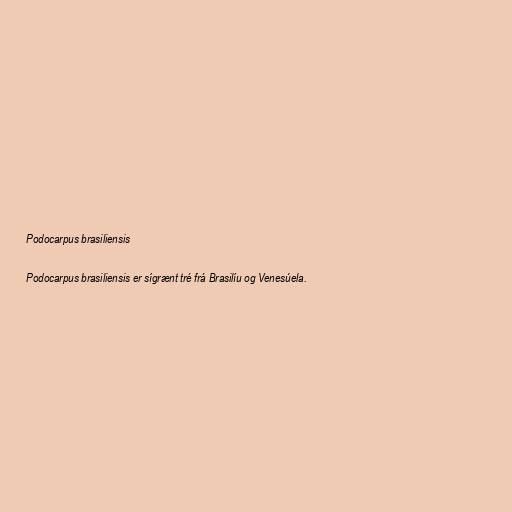
Podocarpus brasiliensis

Podocarpus brasiliensis er sígrænt tré frá Brasilíu og Venesúela.